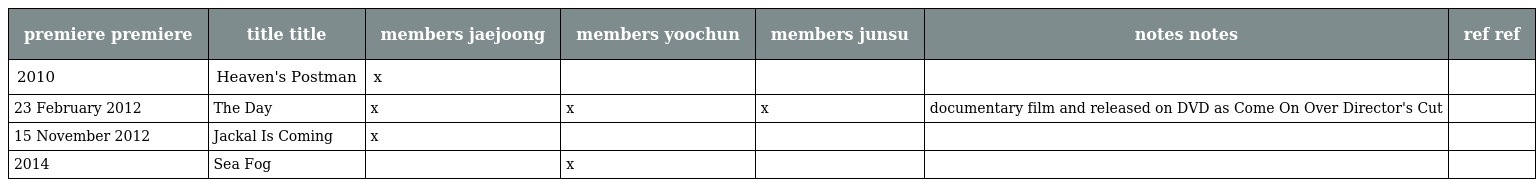
| premiere premiere | title title | members jaejoong | members yoochun | members junsu | notes notes | ref ref |
 | --- | --- | --- | --- | --- | --- | --- |
 | 2010 | Heaven's Postman | x |  |  |  |  |
 | 23 February 2012 | The Day | x | x | x | documentary film and released on DVD as Come On Over Director's Cut |  |
 | 15 November 2012 | Jackal Is Coming | x |  |  |  |  |
 | 2014 | Sea Fog |  | x |  |  |  |